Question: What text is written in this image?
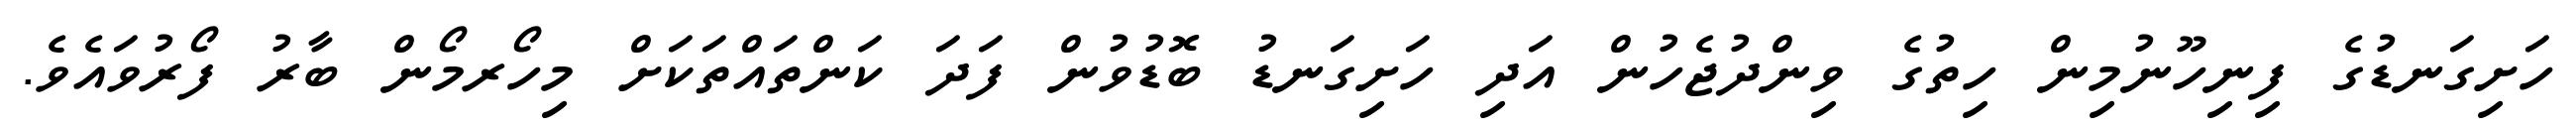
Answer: ހަށިގަނޑުގެ ފިނިހޫނުމިން ހިތުގެ ވިންދުޖެހުން އަދި ހަށިގަނޑު ބޮޑުވުން ފަދަ ކަންތައްތަކަށް މިހޯރމޯން ބާރު ފޯރުވައެވެ.